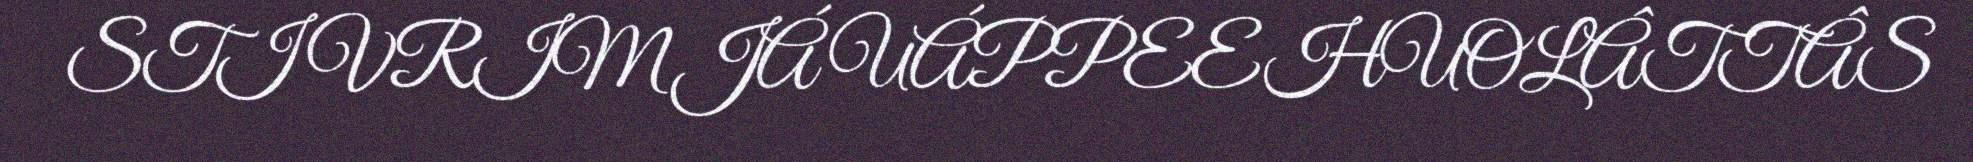
STIVRIM JÁ UÁPPEEHUOLÂTTÂS